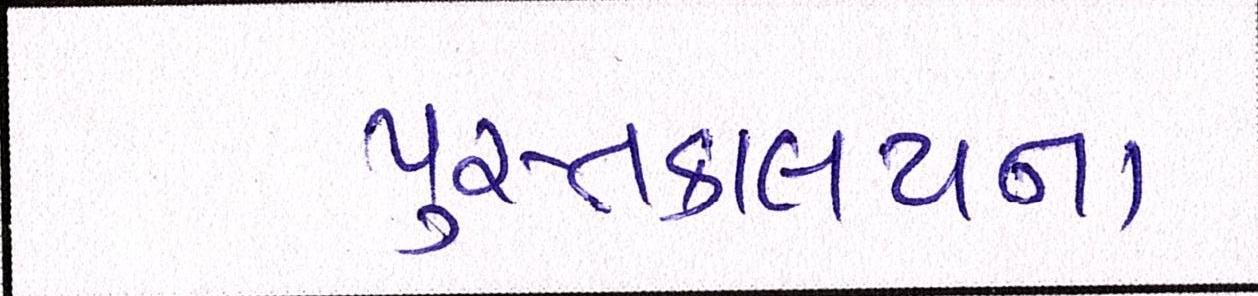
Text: પુસ્તકાલયના